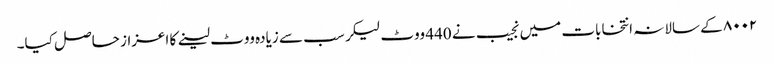
۸۰۰۲ کے سالانہ انتخابات میں نجیب نے 440 ووٹ لیکر سب سے زیادہ ووٹ لینے کا اعزاز حاصل کیا۔